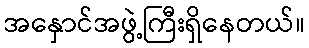
အနှောင်အဖွဲ့ကြီးရှိနေတယ်။